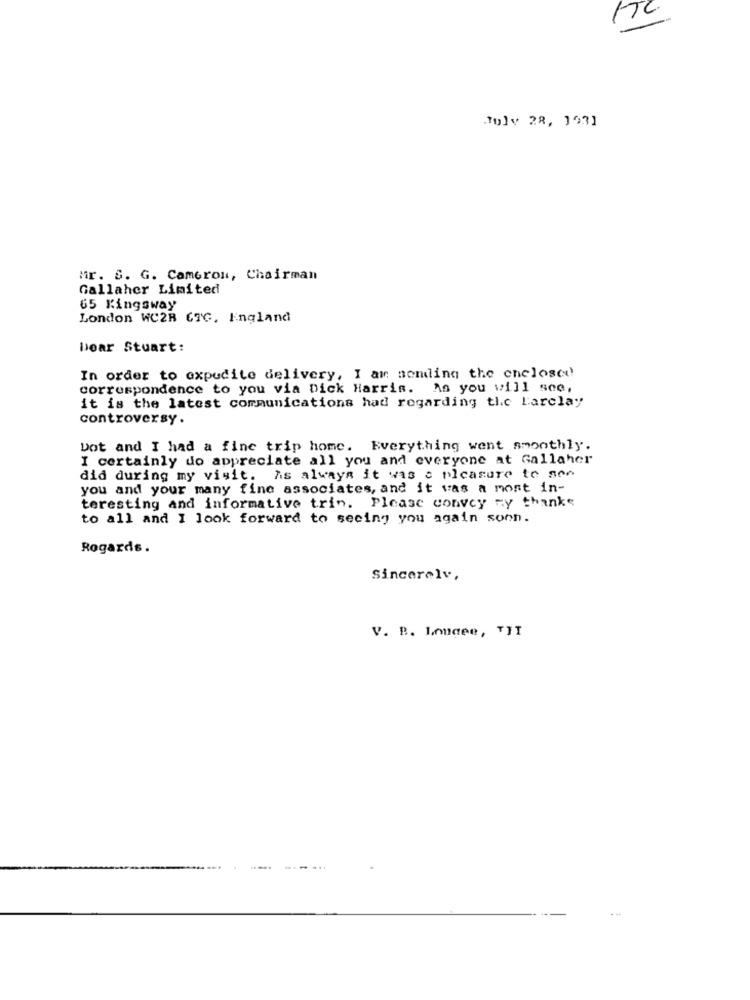
Tolv 28, 1931
Mr. S. G. Cameron, Chairman
Gallaher Limited
65 Kingsway
London WC2R 67G, England
Dear Stuart:
In order to expedite delivery, I am sending the enclosed
correspondence to you via Dick Harris. As you will see,
it is the latest communications had regarding the Barclay
controversy.
Dot and I had a fine trip home. Everything went smoothly.
I certainly do appreciate all you and everyone at Gallaher
did during my visit. As always it was a pleasure to see
you and your many fine associates, and it was a mont in-
teresting and informative trin. Please convey my thanks
to all and I look forward to seeing you again soon.
Rogards.
Sincerely,
V. B. Longee, TIT